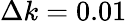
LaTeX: \Delta k=0.01